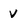
Character: V